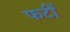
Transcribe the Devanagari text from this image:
फटीं